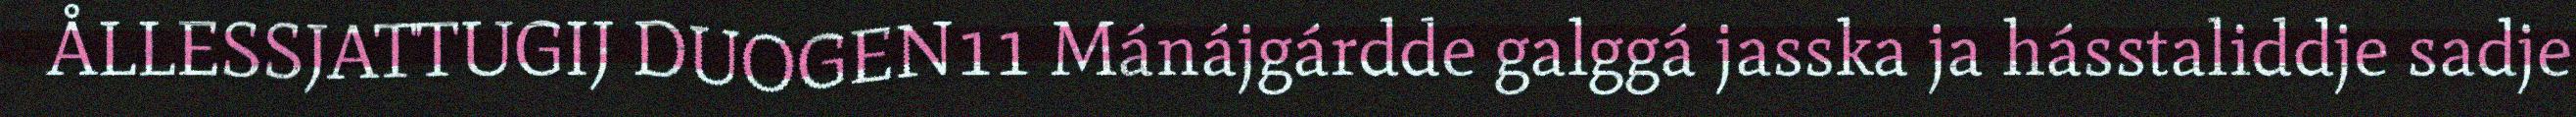
ÅLLESSJATTUGIJ DUOGEN11 Mánájgárdde galggá jasska ja hásstaliddje sadje